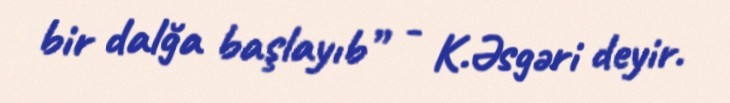
bir dalğa başlayıb” - K.Əsgəri deyir.